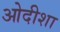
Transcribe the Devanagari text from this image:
ओदीशा